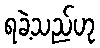
ရခဲ့သည်ဟု